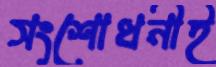
সংশোধনীই